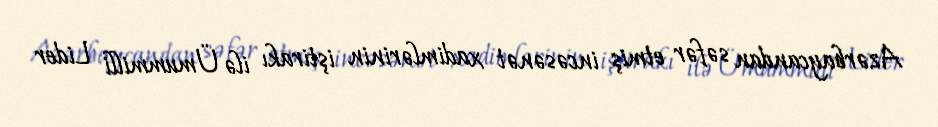
Azərbaycandan səfər etmiş incəsənət xadimlərinin iştirakı ilə Ümummilli Lider